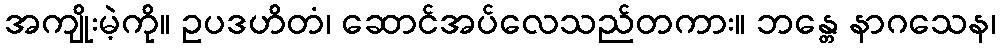
အကျိုးမဲ့ကို။ ဥပဒဟိတံ၊ ဆောင်အပ်လေသည်တကား။ ဘန္တေ နာဂသေန၊